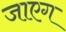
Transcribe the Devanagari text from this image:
जाएग